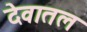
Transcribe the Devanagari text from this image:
देवातल